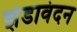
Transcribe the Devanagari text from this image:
झंडावंदन